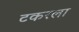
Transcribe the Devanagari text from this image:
टकरला